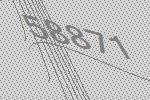
58871